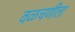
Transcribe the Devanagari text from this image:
वळचणीला